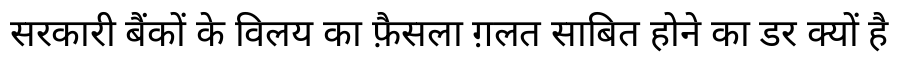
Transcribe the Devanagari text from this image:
सरकारी बैंकों के विलय का फ़ैसला ग़लत साबित होने का डर क्यों है